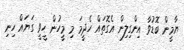
ޔާމީން ބޮޑުވާ އިންގިލިން އެގޮތައް ހެދީމަ މި މީހުން ހީވީ ގަޔައް ހިނި